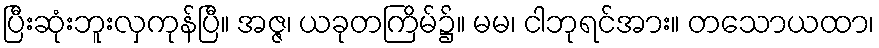
ပြီးဆုံးဘူးလှကုန်ပြီ။ အဇ္ဇ၊ ယခုတကြိမ်၌။ မမ၊ ငါဘုရင်အား။ တသောယထာ၊